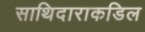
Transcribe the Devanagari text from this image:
साथिदाराकडिल